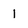
Character: 1